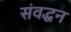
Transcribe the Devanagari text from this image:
संवद्धन